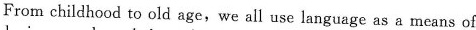
From childhood to old age,we all use language as a means of